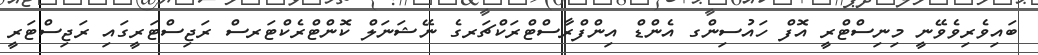
ބައިވެރިވެވޭނީ މިނިސްޓްރީ އޮފް ހައުސިންގ އެންޑް އިންފްރާސްޓްރަކްޗަރގެ ނޭޝަނަލް ކޮންޓްރެކްޓަރސް ރަޖިސްޓަރީގައި ރަޖިސްޓަރީ